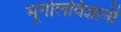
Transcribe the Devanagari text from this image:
भूगोलविज्ञानी